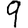
Digit: 9